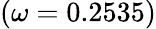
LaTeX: (\omega=0.2535)